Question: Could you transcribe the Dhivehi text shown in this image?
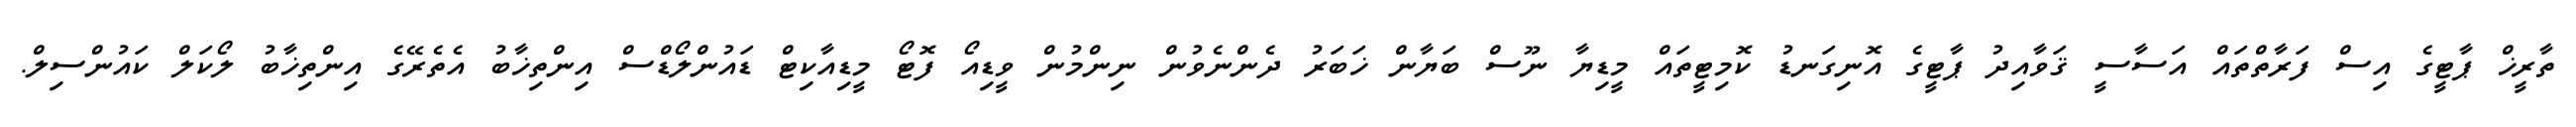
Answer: ތާރީޚް ޕާޓީގެ އިސް ފަރާތްތައް އަސާސީ ޤަވާއިދު ޕާޓީގެ އޮނިގަނޑު ކޮމިޓީތައް މީޑިޔާ ނޫސް ބަޔާން ޚަބަރު ދެންނެވުން ނިންމުން ވީޑިއޯ ފޮޓޯ މީޑިއާކިޓް ޑައުންލޯޑްސް އިންތިޚާބު އެތެރޭގެ އިންތިޚާބު ލޯކަލް ކައުންސިލް.